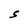
Character: S